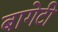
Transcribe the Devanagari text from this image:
बागेटी